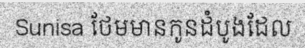
Sunisa ថែមមានកូនដំបូងដែល